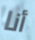
أنا